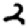
Digit: 2